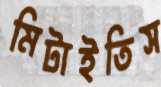
মিটাইতিস